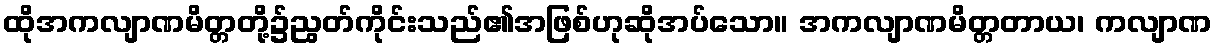
ထိုအကလျာဏမိတ္တတို့၌ညွတ်ကိုင်းသည်၏အဖြစ်ဟုဆိုအပ်သော။ အကလျာဏမိတ္တတာယ၊ ကလျာဏ